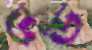
ডড